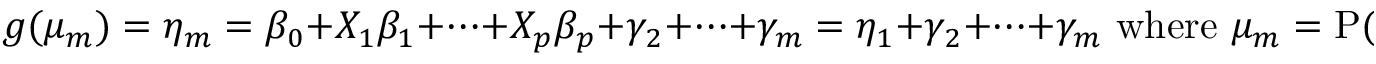
g ( \mu _ { m } ) = \eta _ { m } = \beta _ { 0 } + X _ { 1 } \beta _ { 1 } + \cdots + X _ { p } \beta _ { p } + \gamma _ { 2 } + \cdots + \gamma _ { m } = \eta _ { 1 } + \gamma _ { 2 } + \cdots + \gamma _ { m } { \mathrm { ~ w h e r e ~ } } \mu _ { m } = \operatorname { P } ( Y \leq m ) .